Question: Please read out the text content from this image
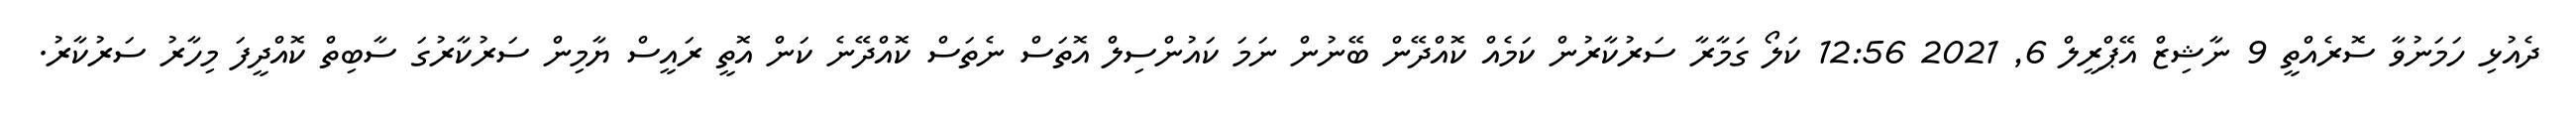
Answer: ދެއުޅި ހަމަނުވާ ސޮރެއްތީ 9 ނާޝިޒް އޭޕްރީލް 6, 2021 12:56 ކަލޯ ގަމާރާ ސަރުކާރުން ކަމެއް ކޮއްދޭން ބޭނުން ނަމަ ކައުންސިލް އޮތަސް ނެތަސް ކޮއްދޭނެ ކަން އޮތީ ރައީސް ޔާމިން ސަރުކާރުގަ ސާބިތް ކޮއްދީފަ މިހާރު ސަރުކާރު.